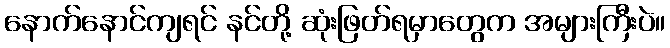
နောက်နောင်ကျရင် နင်တို့ ဆုံးဖြတ်ရမှာတွေက အများကြီးပဲ။